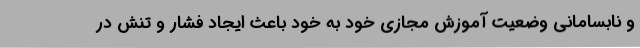
و نابسامانی وضعیت آموزش مجازی خود به خود باعث ایجاد فشار و تنش در